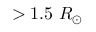
> 1 . 5 ~ R _ { \odot }